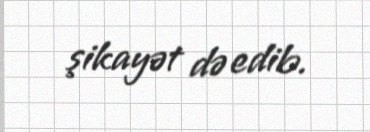
şikayət də edib.